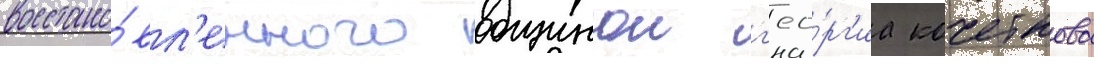
восстано́вл'енного общинои г'ео́рг'иа кочеткова